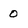
Character: 0